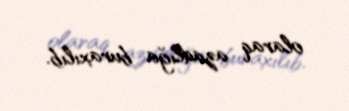
olaraq azadlığa buraxılıb.